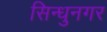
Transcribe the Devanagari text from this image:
सिन्धुनगर